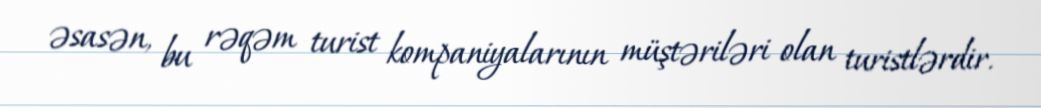
əsasən, bu rəqəm turist kompaniyalarının müştəriləri olan turistlərdir.